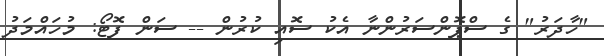
"ހާދަރު" ގެ ސްޕޮންސަރުންނާ އެކު ސޮއި ކުރުން -- ސަން ފޮޓޯ: މުހައްމަދު